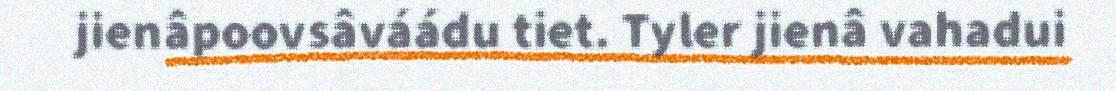
jienâpoovsâváádu tiet. Tyler jienâ vahadui